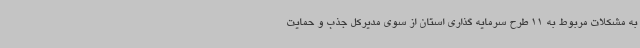
به مشکلات مربوط به 11 طرح سرمایه گذاری استان از سوی مدیرکل جذب و حمایت